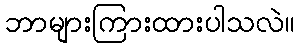
ဘာများကြားထားပါသလဲ။